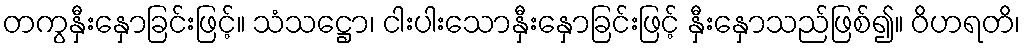
တကွနှီးနှောခြင်းဖြင့်။ သံသဋ္ဌော၊ ငါးပါးသောနှီးနှောခြင်းဖြင့် နှီးနှောသည်ဖြစ်၍။ ဝိဟရတိ၊